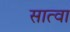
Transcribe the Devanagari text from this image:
सात्वा